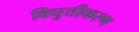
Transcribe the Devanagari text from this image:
विघुत्तीकरण